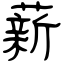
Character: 薪